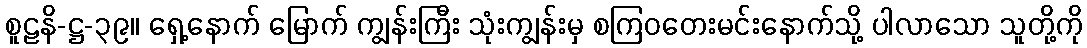
စူဠနိ-ဋ္ဌ-၃၉။ ရှေ့နောက် မြောက် ကျွန်းကြီး သုံးကျွန်းမှ စကြဝတေးမင်းနောက်သို့ ပါလာသော သူတို့ကို